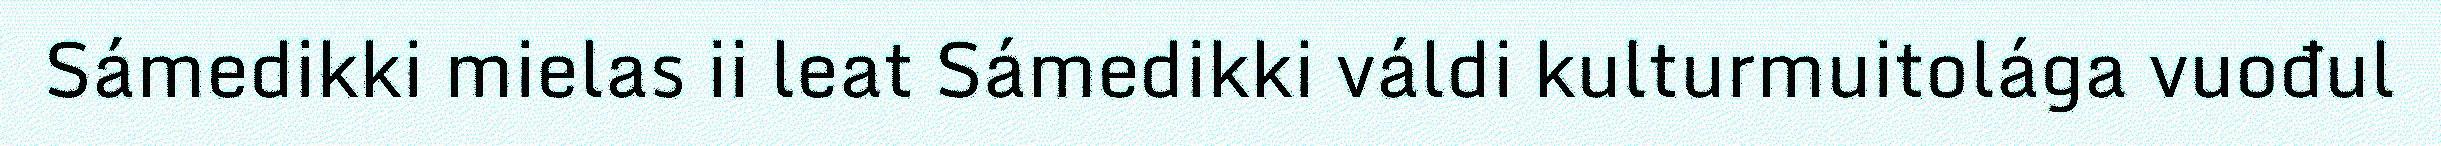
Sámedikki mielas ii leat Sámedikki váldi kulturmuitolága vuođul